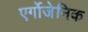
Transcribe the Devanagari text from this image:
एर्गोजेनिक